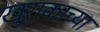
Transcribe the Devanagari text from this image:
खुराकाच्या